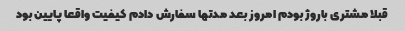
قبلا مشتری باروژ بودم امروز بعد مدتها سفارش دادم کیفیت واقعا پایین بود